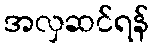
အလှဆင်ရန်